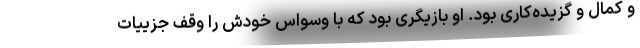
و کمال و گزیده‌کاری بود. او بازیگری بود که با وسواس خودش را وقف جزییات